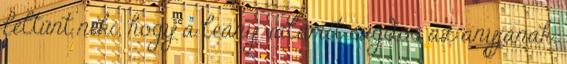
feltűnt neki, hogy a leány valamit sugdos az anyjának.